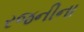
રજનીના